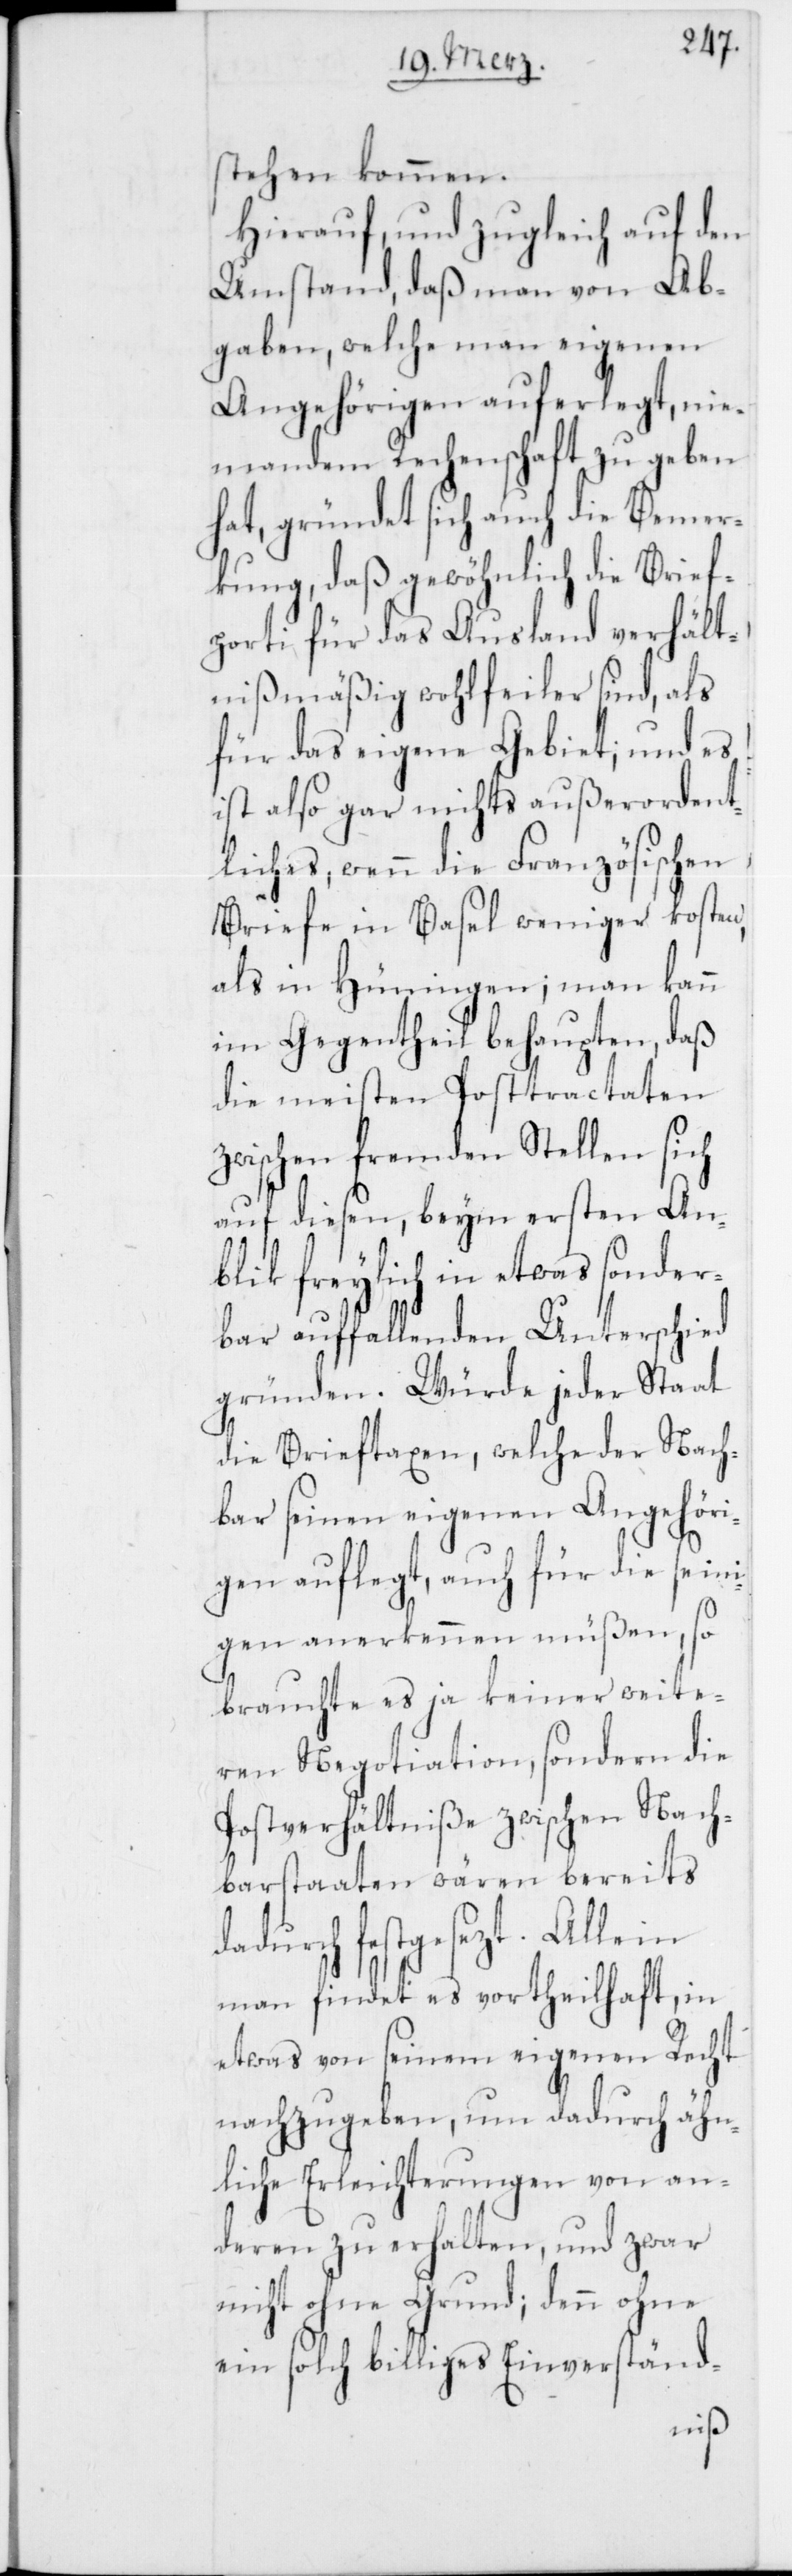
stehen kommen.
Hierauf und zugleich auf den
Umstand, daß man von Ab¬
gaben, welche man eigenen
Angehörigen auferlegt, nie¬
mandem Rechenschaft zu geben
hat, gründet sich auch die Bemer¬
kung, daß gewöhnlich die Brief¬
porti für das Ausland verhält¬
nismäßig wohlfeiler sind, als
für das eigene Gebiet; und es
ist also gar nichts außerordent¬
liches, wenn die Französischen
Briefe in Basel weniger kosten,
als in Hüningen; man kann
im Gegentheil behaupten, daß
die meisten Posttractaten
zwischen fremden Stellen sich
auf diesen, beym ersten An¬
blik freylich in etwas sonder¬
bar auffallenden Unterschied
gründen. Würde jeder Staat
die Brieftaxen, welche der Nach¬
bar seinen eigenen Angehöri¬
gen auflegt, auch für die sein¬
igen anerkennen müßen, so
brauchte es ja keiner weite¬
ren Negotiation, sondern die
Postverhältniße zwischen Nach¬
barstaaten wären bereits d¬
adurch festgesezt. Allein
man findet es vortheilhaft, in
etwas von seinem eigenen Recht
nachzugeben, um dadurch ähn¬
liche Erleichterungen von an¬
deren zu erhalten, und zwar
nicht ohne Grund; denn ohne
ein solch billiges Einverständ-